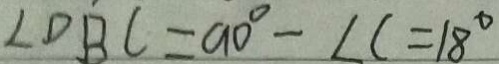
\angle D B C = 9 0 ^ { \circ } - \angle C = 1 8 ^ { \circ }